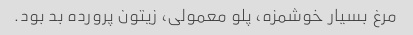
مرغ بسیار خوشمزه، پلو معمولی، زیتون پرورده بد بود.